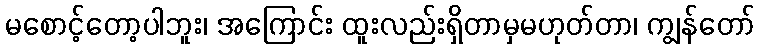
မစောင့်တော့ပါဘူး၊ အကြောင်း ထူးလည်းရှိတာမှမဟုတ်တာ၊ ကျွန်တော်